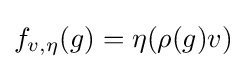
f_{v,\eta }(g)=\eta (\rho (g)v)